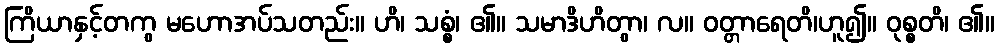
ကြိယာနှင့်တကွ မဟောအပ်သတည်း။ ဟိ၊ သစ္စံ၊ ၏။ သမာဒိဟိတွာ၊ လ။ ဝတ္တာရေတိ၊ဟူ၍။ ဝုစ္စတိ၊ ၏။